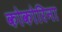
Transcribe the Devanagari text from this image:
कोकोरिना